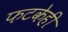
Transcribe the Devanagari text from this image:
फटकेही